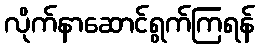
လိုက်နာဆောင်ရွက်ကြရန်